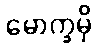
မောက္ခမှိ